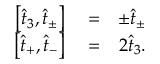
\begin{array} { r l r } { \left[ \hat { t } _ { 3 } , \hat { t } _ { \pm } \right] } & { { } = } & { \pm \hat { t } _ { \pm } } \\ { \left[ \hat { t } _ { + } , \hat { t } _ { - } \right] } & { { } = } & { 2 \hat { t } _ { 3 } . } \end{array}